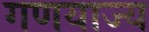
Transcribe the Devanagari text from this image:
गणयाज्य